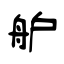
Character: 舮